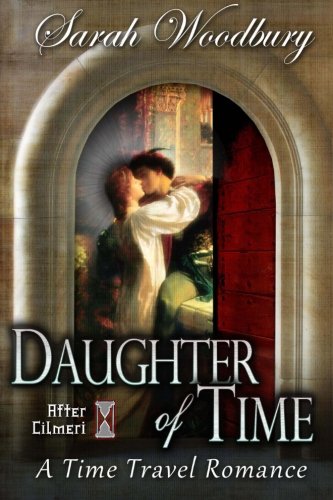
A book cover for Daughter of Time:  A Time Travel Romance (The After Cilmeri Series); Sarah Woodbury; Romance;